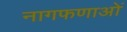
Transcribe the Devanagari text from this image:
नागफणाओं